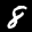
Label: 8